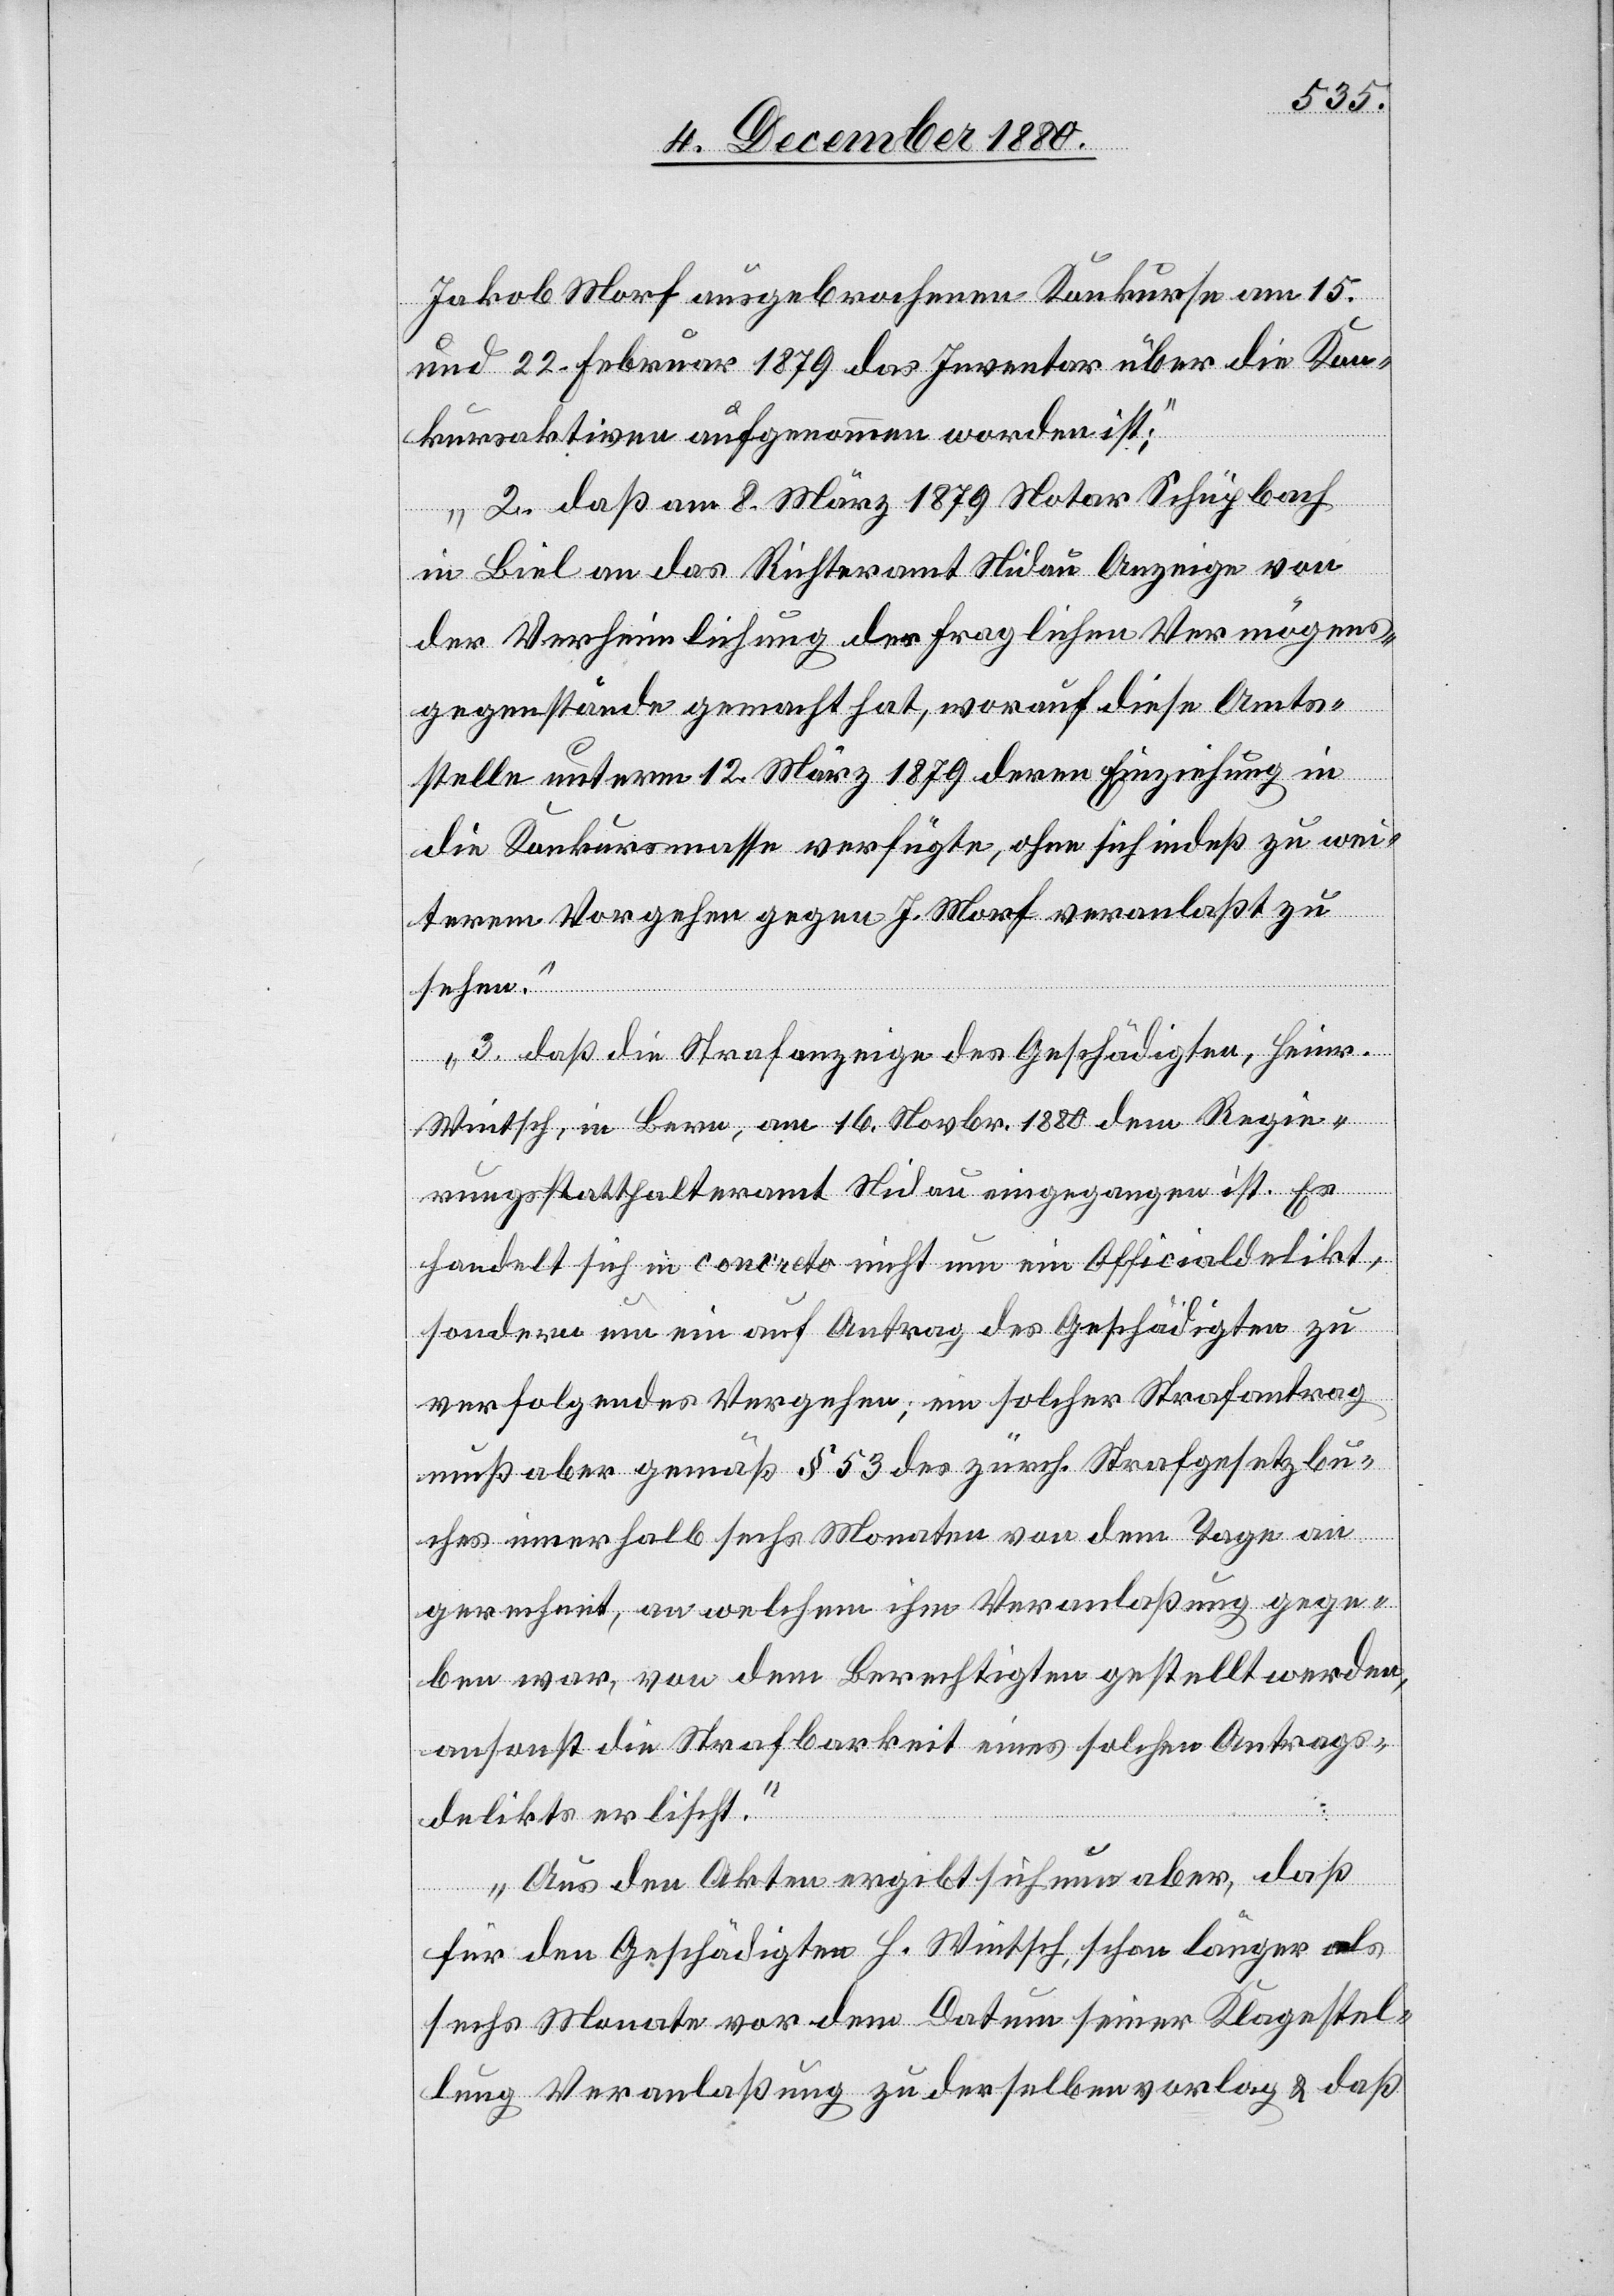
Jakob Morf ausgebrochenen Konkurse am 15.
und 22. Februar 1879 das Inventar über die Kon¬
kursaktiven aufgenommen worden ist;
2. daß am 8. März 1879 Notar Schüpbach
in Biel an das Richteramt Nidau Anzeige von
der Verheimlichung des fraglichen Vermögens¬
gegenstände gemacht hat, worauf diese Amts¬
stelle unterm 12. März 1879 deren Einziehung in
die Konkursmasse verfügte, ohne sich indeß zu wei¬
terem Vorgehen gegen J. Morf veranlaßt zu
sehen.
3. daß die Strafanzeige des Geschädigten, Heinr.
Wintsch, in Bern, am 16. Novbr. 1880 dem Regie¬
rungsstatthalteramt Nidau eingegangen ist. Es
handelt sich in concreto nicht um ein Officialdelikt,
sondern um ein auf Antrag des Geschädigten zu
verfolgendes Vergehen; ein solcher Strafantrag
muß aber gemäß § 53 des zürch. Strafgesetzbu¬
ches innerhalb sechs Monaten von dem Tage an
gerechnet, an welchem ihm Veranlaßung gege¬
ben war, von dem Berechtigten gestellt werden,
ansonst die Strafbarkeit eines solchen Antrags¬
delikts erlischt.
Aus den Akten ergibt sich nun aber, daß
für den Geschädigten H. Wintsch, schon länger als
sechs Monate vor dem Datum seiner Klagestel¬
lung Veranlaßung zu derselben vorlag & daß